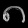
Digit: ၈